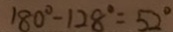
1 8 0 ^ { \circ } - 1 2 8 ^ { \circ } = 5 2 ^ { \circ }